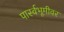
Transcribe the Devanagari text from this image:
पार्स्वभूमीवर